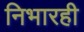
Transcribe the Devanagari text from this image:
निभारही